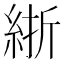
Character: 𬗗